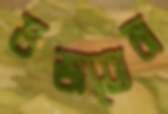
ভজতেম